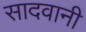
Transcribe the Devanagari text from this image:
सादवानी